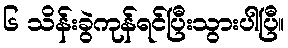
၆ သိန်းခွဲကုန်ရင်ပြီးသွားပါပြီ။